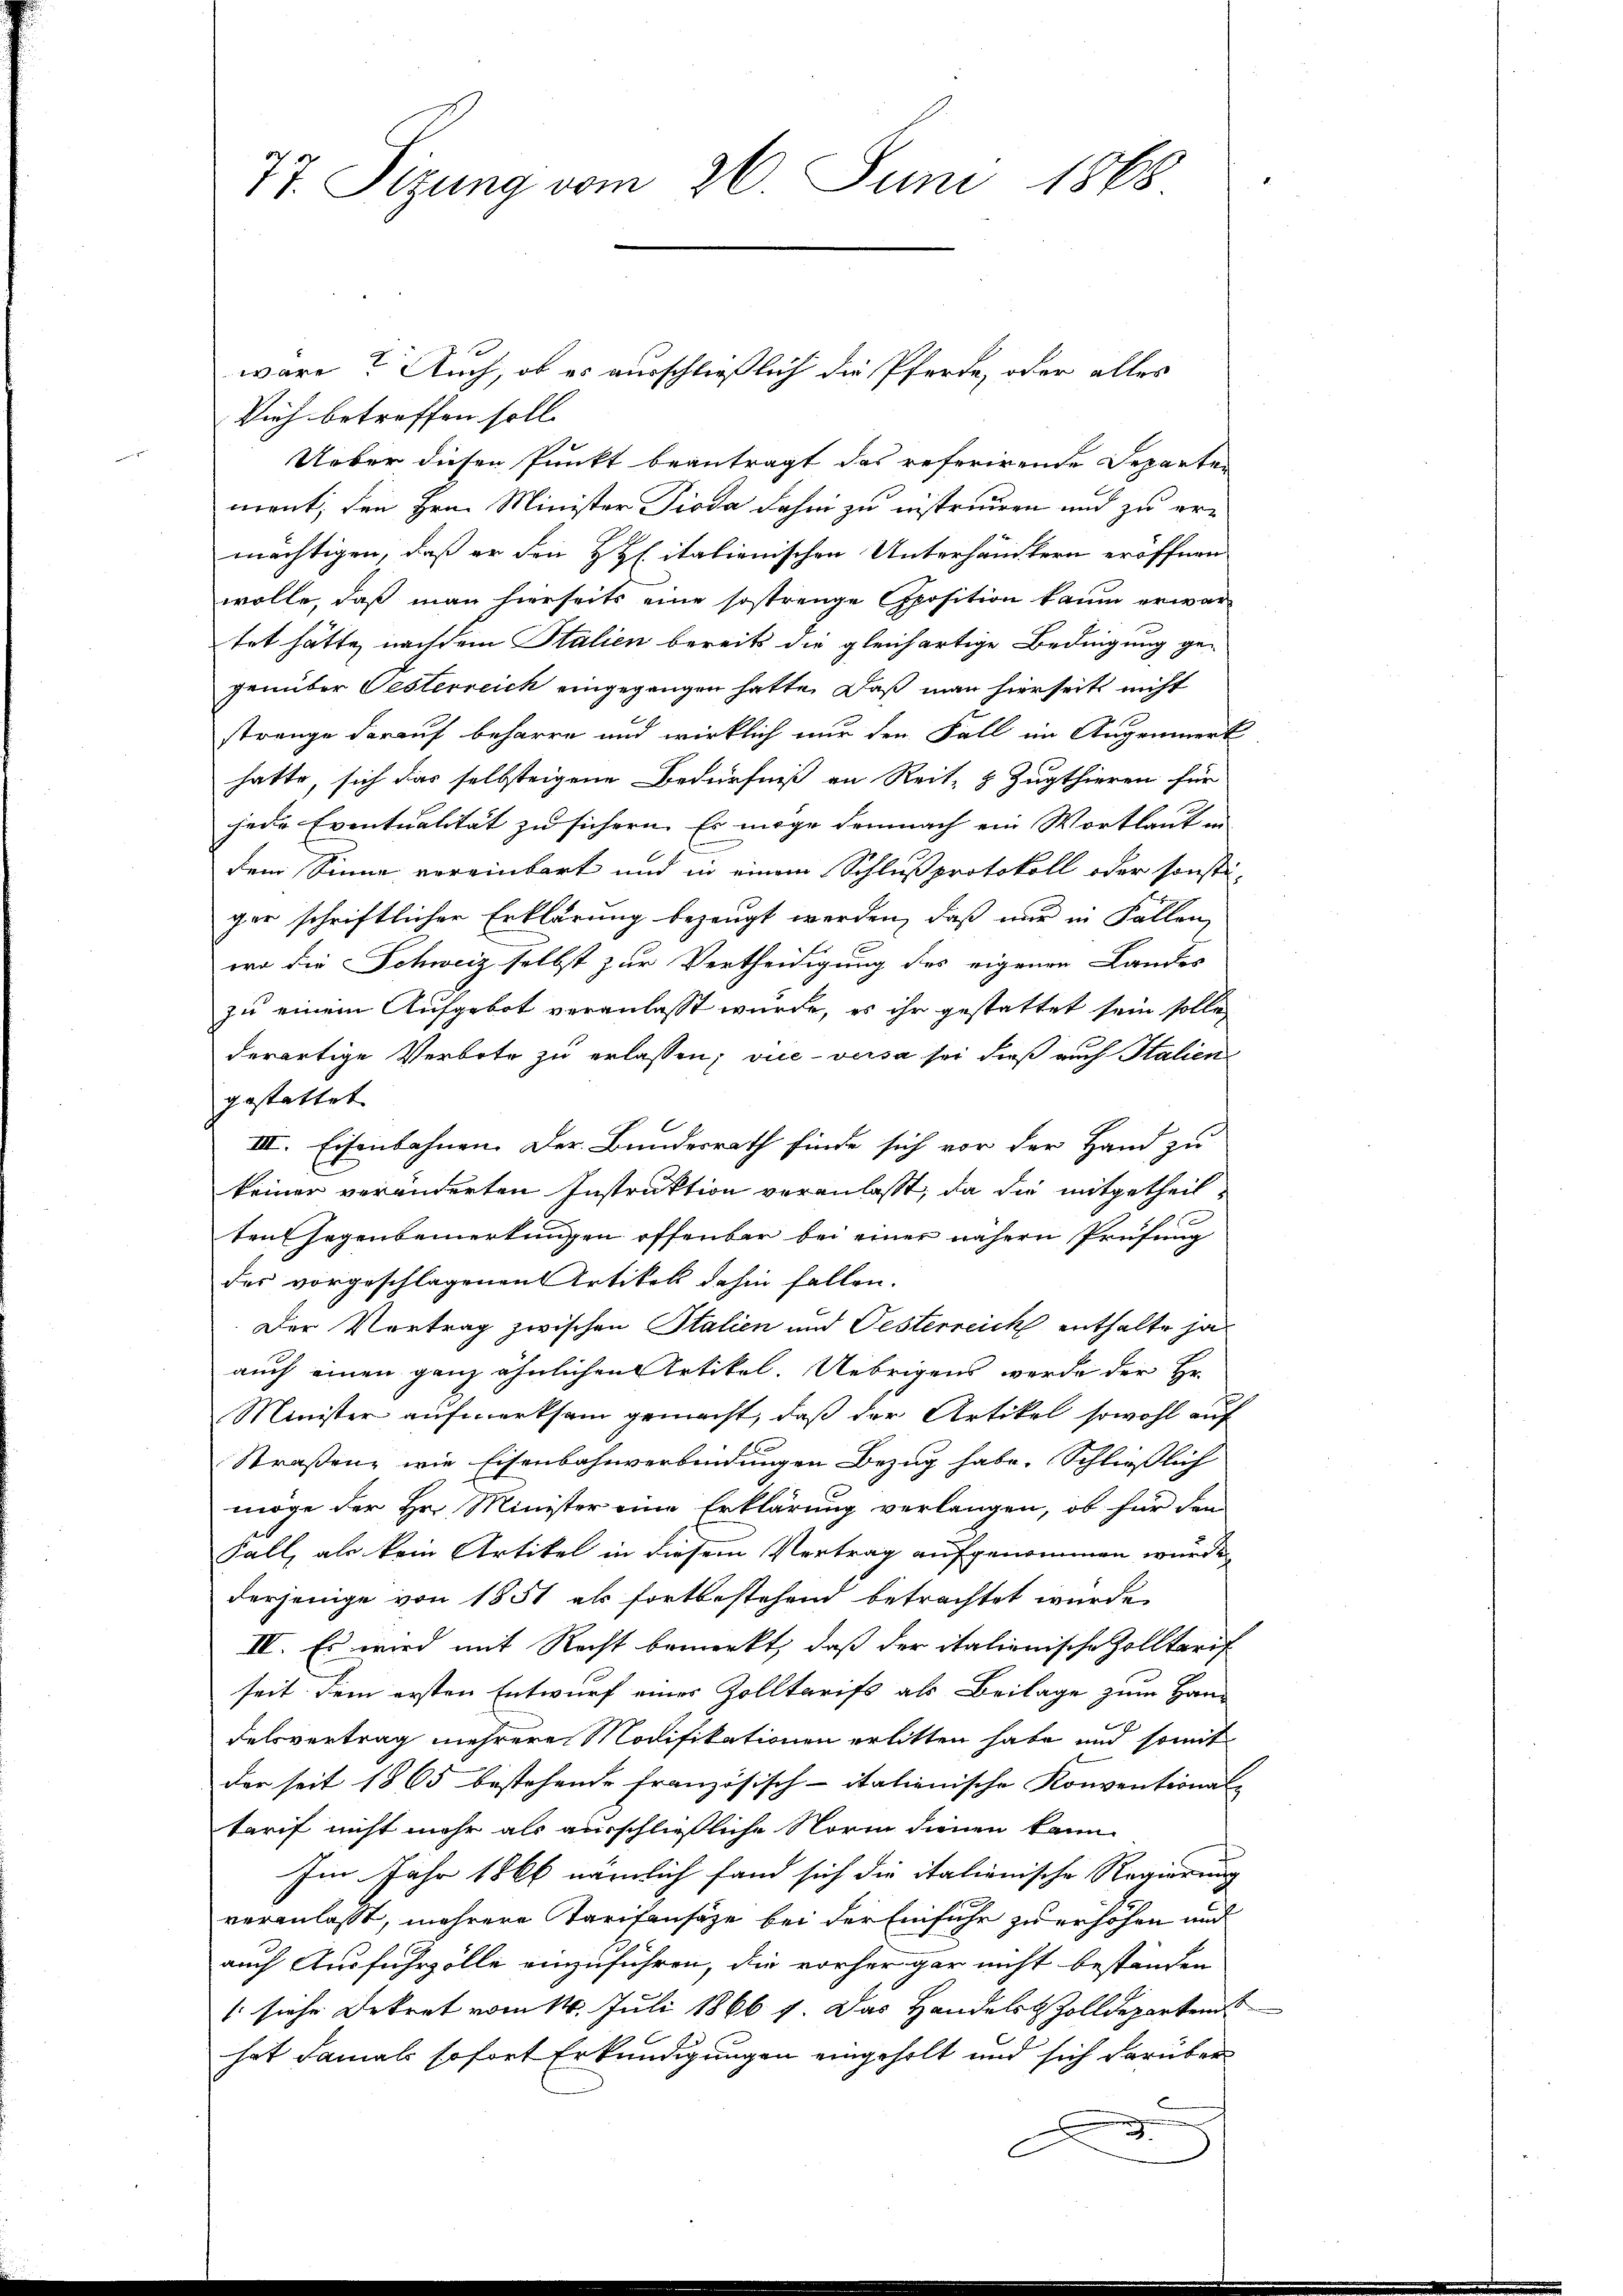
n

77. Sizung vom 26. Juni 1868

Vieh betreffen soll.
Ueber diesen Punkt beantragt das referirende Departen
nrent, den Hrn. Minister Pioda dahin zu instruiren und zu er-
mächtigen, daß er den Hpitalienischen Unterhändlern eröffnen
wolle, daß man hierseits eine sostrenge position kaum erwartet hätte, nachdem Stalien bereits die gleichartige Bedingung gegenüber Oesterreich eingegangen hatte. Daß man hierseits nicht
strenge darauf beharre und wirklich nur den Fall im Augenmerk
hatte, sich das selbsteigene Bedürfniß an Reit- & Zugthieren für
jede Eventualität zu sichern. Es möge demnach ein Wortlaut in
dem Sinne vereinbart und in einem Schlußprotokoll oder sonsti-
ger schriftlicher Erklärung bezeugt werden, daß nur in Fallen
wo die Schweiz selbst zur Vertheidigung des eigenen Landes
zu einem Aufgebot veranlasst wurde, es ihr gestattet sein solle,
derartige Verbote zu erlassen; viceversa sei dieß auch Italien
gestattet
IIII. Eisenbahnen. Der Bundesrath finde sich vor der Hand zu
keiner veränderten Instruktion veranlasst, da die mitgetheil¬
9
tensagenbemerkungen offenbar bei einer nähern Prüfung
des vorgeschlagenen Artikel dahin fallen.
Der Vertrag zwischen Italien und Oesterreich enthalte ja
auch einen ganz ähnlichen Artikel. Uebrigens werde der Hr.
Minister aufmerksam gemacht, daß der Artikel sowohl auf
Straßen, wie Eisenbahnverbindungen Bezug habe. Schließlich
möge der Hr. Minister eine Erklärung verlangen, ob für den
Fall, als kein Artikel in diesem Vertrag aufgenommen wurde,
derjenige von 1851 als fortbestehend betrachtet wurde.
II. Es wird mit Recht bemerkt, daß der italienische Zolltaris
seit dem ersten Entwurf eines Zolltarifs als Beilage zum Han-
delsvertrag mehrere Modifikationen erlitten habe und somit
der seit 1865 bestehende Französisch-italienische Konventional-
tarif nicht mehr als ausschließliche Norm dienen kann
Im Jahr 1866 nämlich fand sich die italienische Regierung
veranlasst, mehrere Tarifensäze bei der Einfuhr zu erhohen und
auch Ausfuhrzölle einzuführen, die vorher gar nicht beständen
(siehe Dekret vom 14. Juli 1866 f. Das Handels Zolldeparten
hat damals sofort Erkundigungen eingeholt und sich darüber

wäre? Auch, ob es ausschließlich die Pferde, oder alles